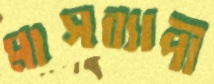
মাসব্যাপী